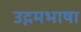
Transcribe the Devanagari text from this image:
उद्गमभाषा